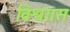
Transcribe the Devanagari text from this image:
विश्वाास